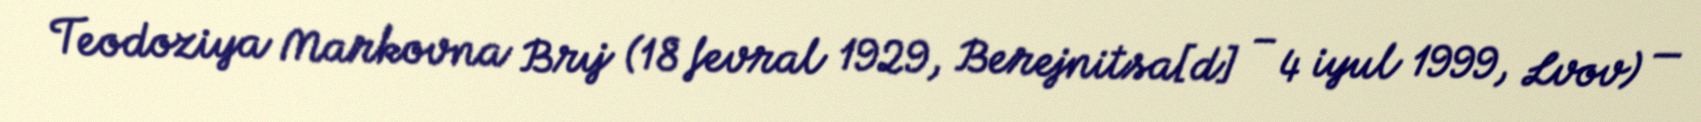
Teodoziya Markovna Brıj (18 fevral 1929, Berejnitsa[d] – 4 iyul 1999, Lvov) —